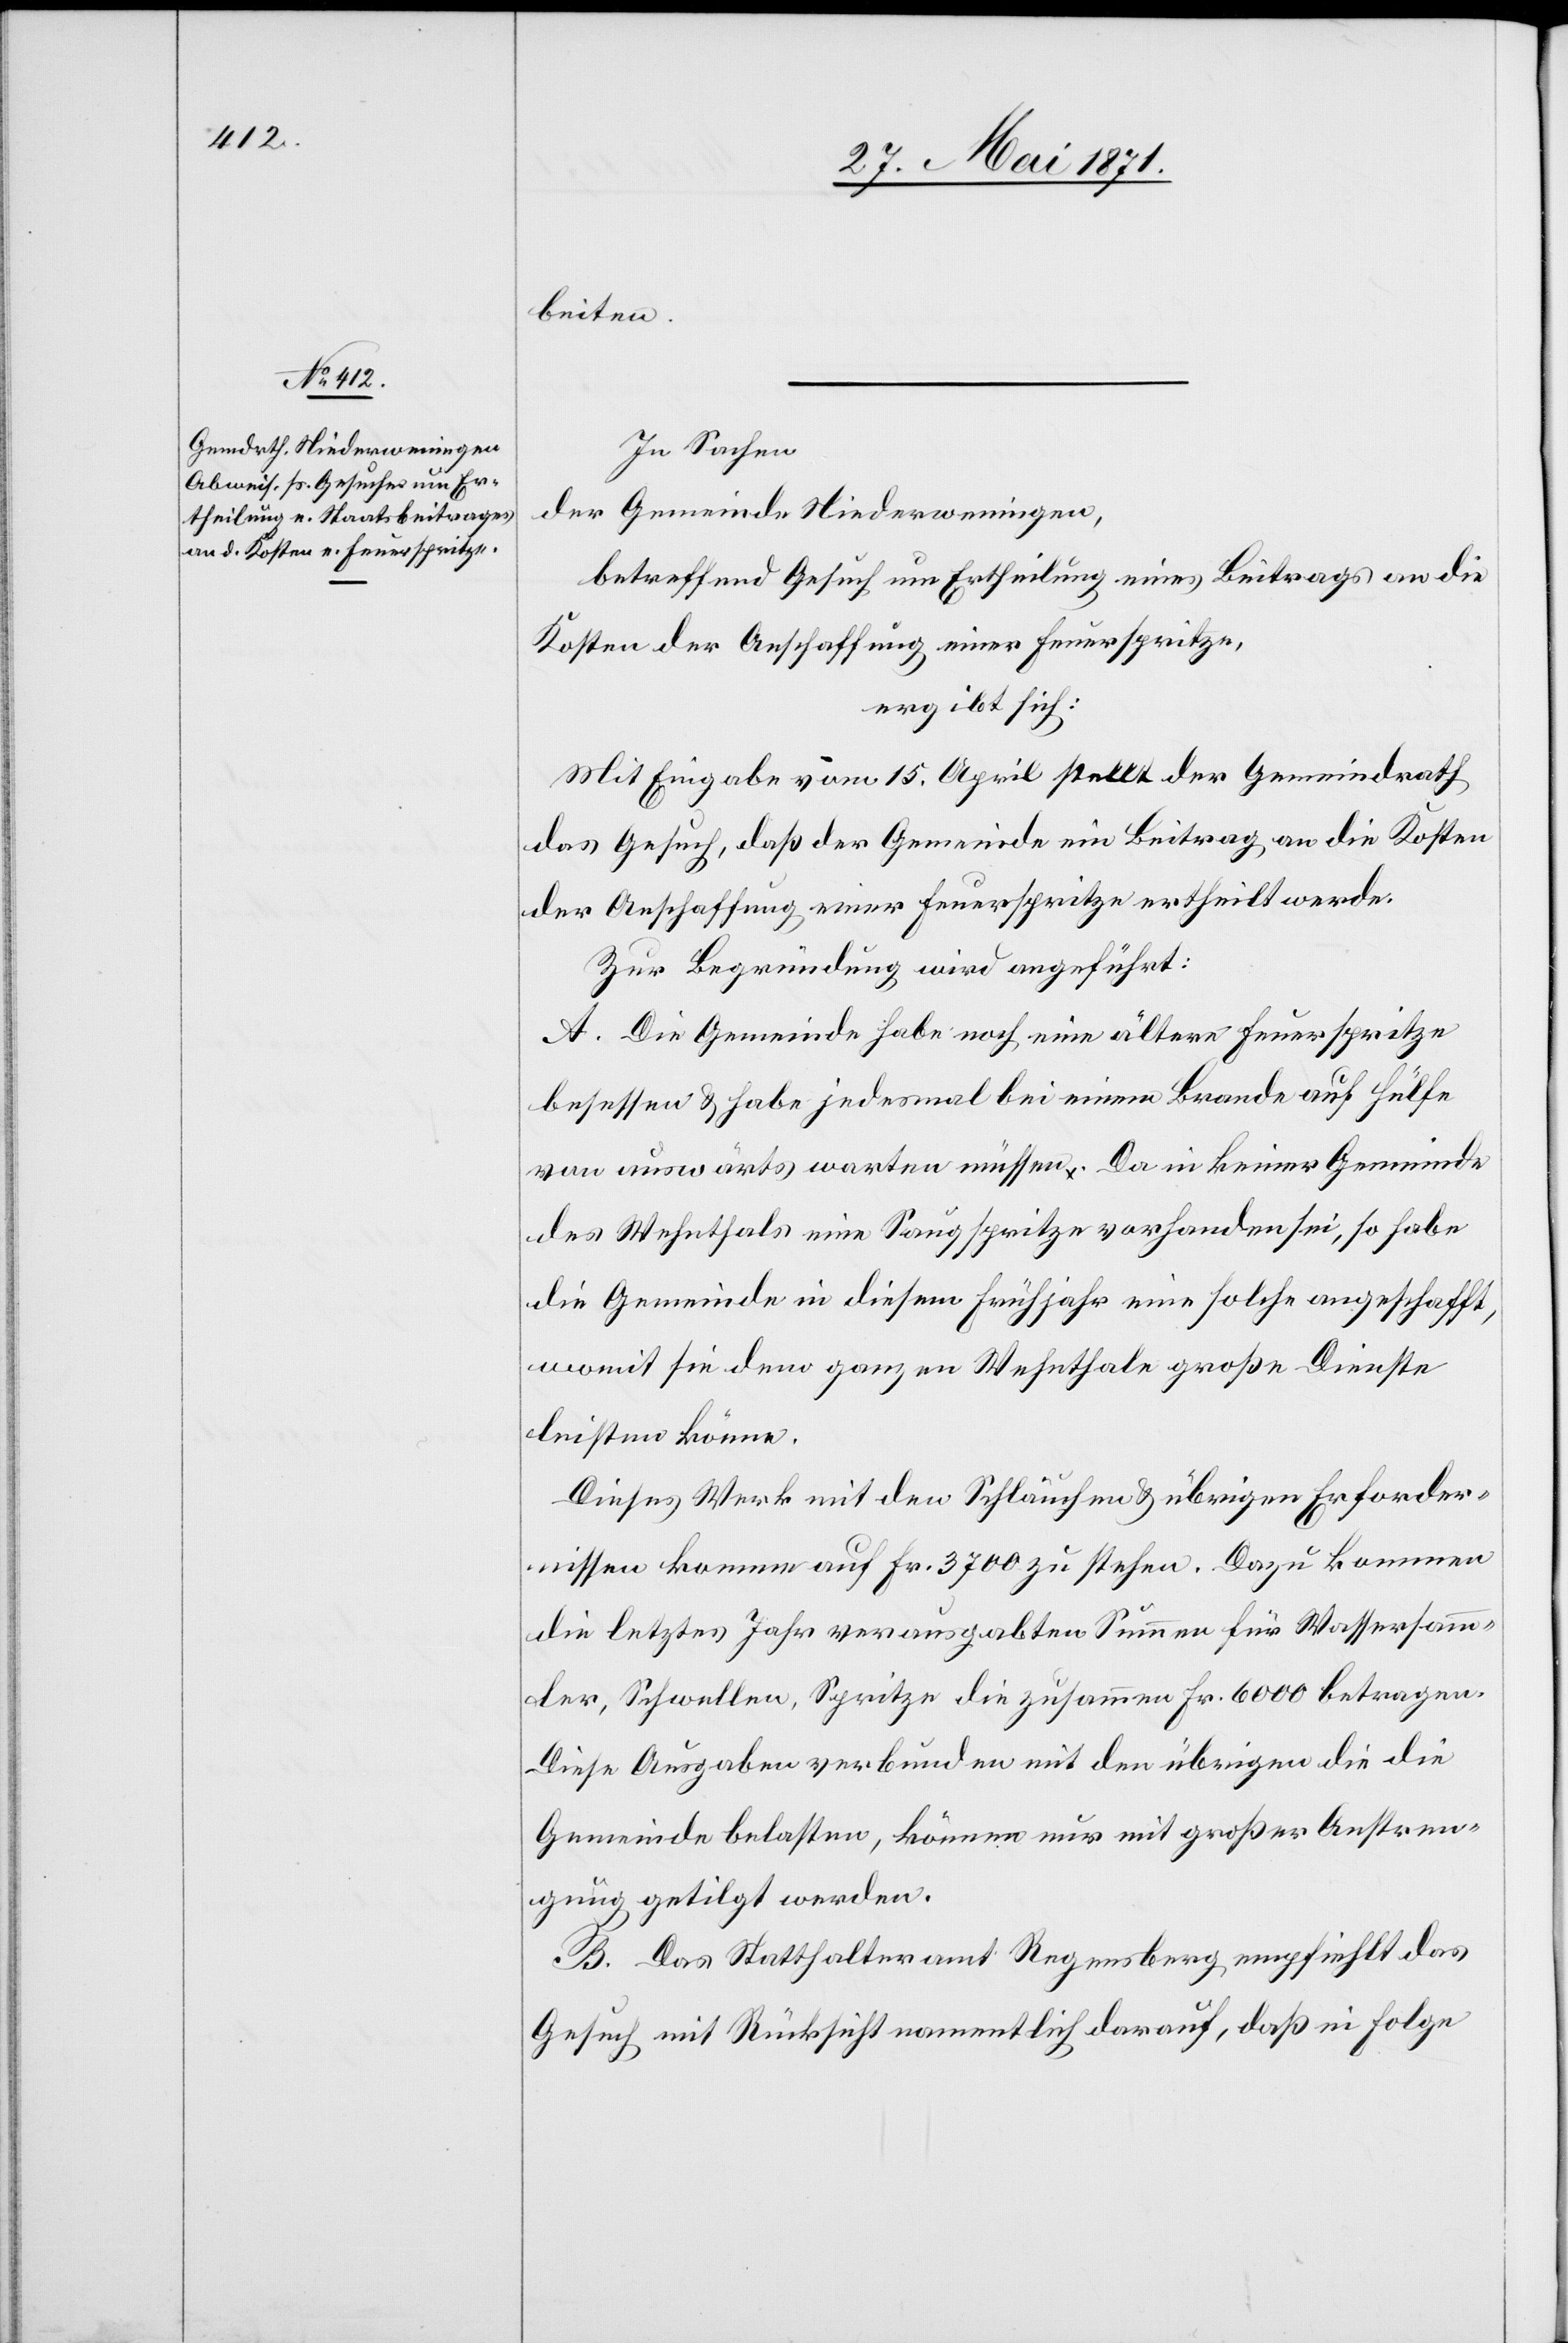
beiten.
In Sachen
der Gemeinde Niederweningen,
betreffend Gesuch um Ertheilung eines Beitrags an die
Kosten der Anschaffung einer Feuerspritze,
ergibt sich:
Mit Eingabe vom 15. April stellt der Gemeindrath
das Gesuch, daß der Gemeinde ein Beitrag an die Kosten
der Anschaffung einer Feuerspritze ertheilt werde.
Zur Begründung wird angeführt:
A. Die Gemeinde habe noch eine ältere Feuerspritze
besessen u. habe jedesmal bei einem Brande auf Hülfe
von auswärts warten müssen. Da in keiner Gemeinde
des Wehnthals eine Saugspritze vorhanden sei, so habe
die Gemeinde in diesem Frühjahr eine solche angeschafft,
womit sie dem ganzen Wehnthale große Dienste
leisten könne.
Dieses Werk mit den Schläuchen u. übrigen Erforder¬
nissen komme auf Fr. 3700 zu stehen. Dazu kommen
die letztes Jahr verausgabten Summen für Wassersamm¬
ler, Schwellen, Spritze die zusammen Fr. 6000 betragen.
Die Ausgaben verbunden mit den übrigen die die
Gemeinde belasten, können nur mit großer Anstren¬
gung getilgt werden.
B. Das Statthalteramt Regensberg empfiehlt das
Gesuch mit Rücksicht namentlich darauf, daß in Folge